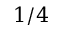
1 / 4